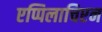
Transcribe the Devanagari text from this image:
एप्पिलाचिएन